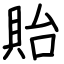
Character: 貽